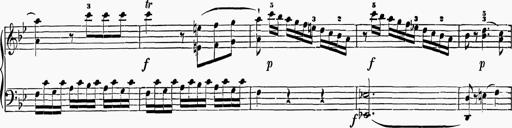
Title: 6 Sonatas
Composer: Muzio Clementi